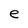
Character: e